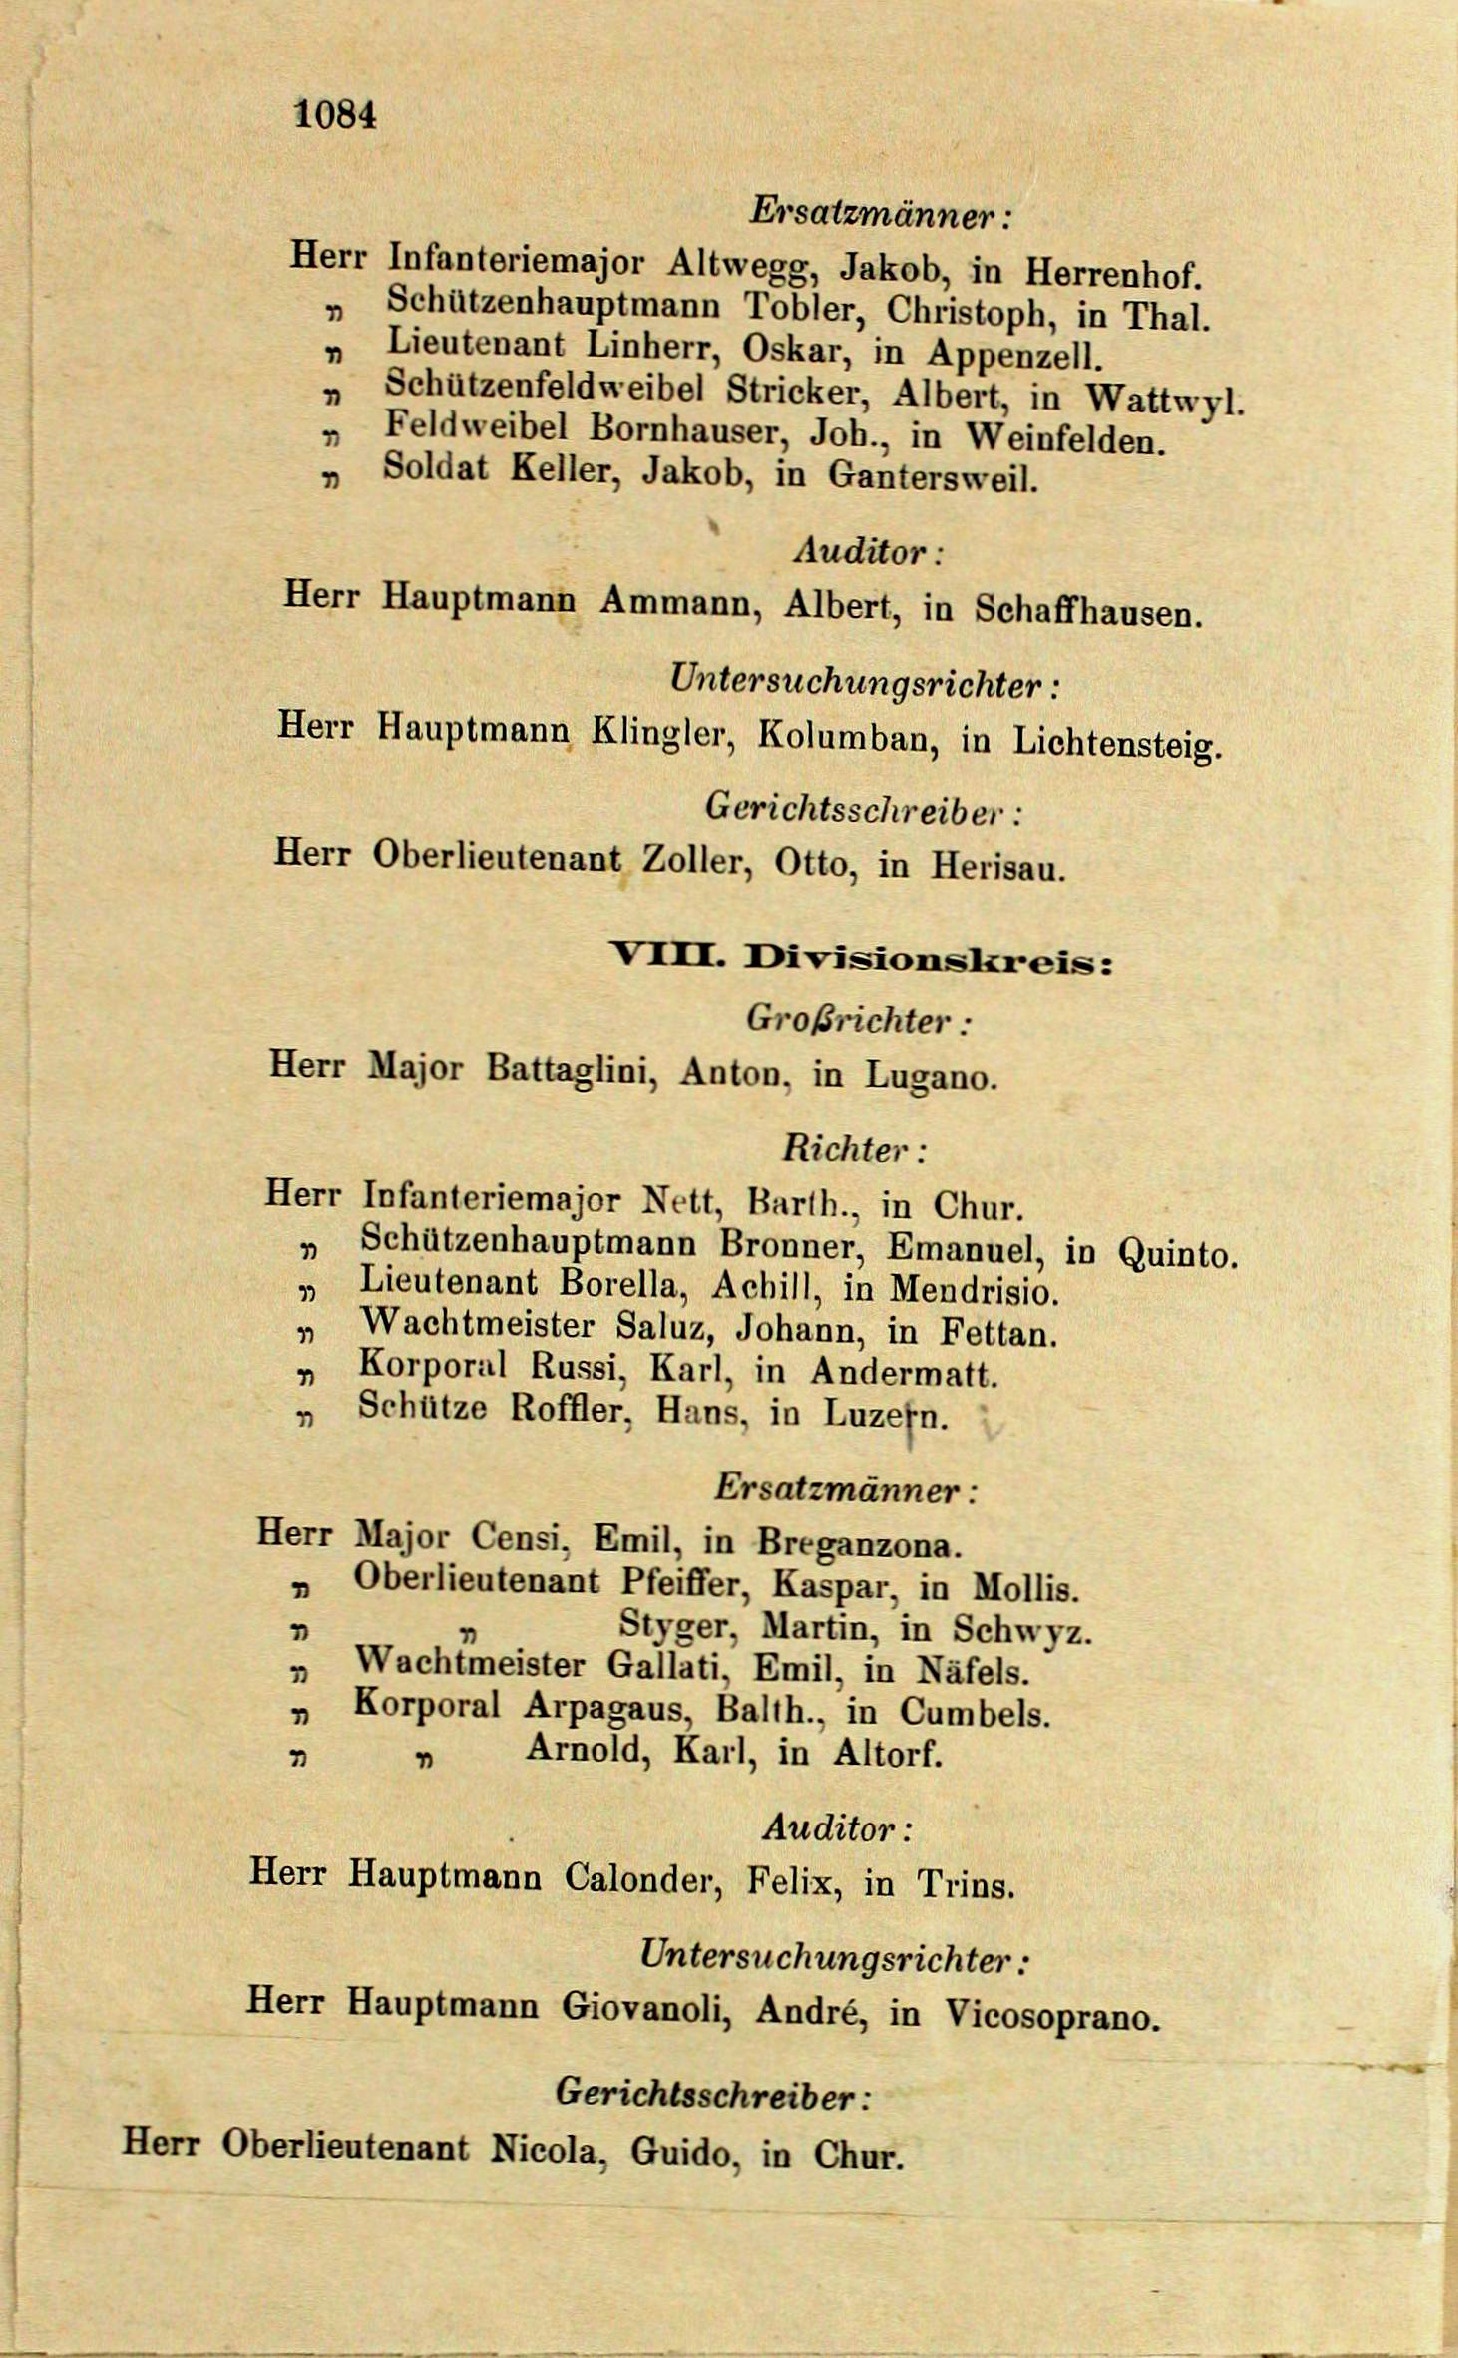
1084

Herr Infanteriemajor Altwegg, Jakob, in Herrenhof.
" Schützenhauptmann Tobler, Christoph, in Thal.
„ Lieutenant Linherr, Oskar, in Appenzell.
" Schützenfeldweibel Stricker, Albert, in Wattwyl.
1
Feldweibel Bornhauser, Joh., in Weinfelden.
„ Soldat Keller, Jakob, in Gantersweil.
Auditor :
Herr Hauptmann Ammann, Albert, in Schaffhausen.
Untersuchungsrichter:
Herr Hauptmann Klingler, Kolumban, in Lichtensteig.
Gerichtsschreiber:
Herr Oberlieutenant Zoller, Otto, in Herisau.

Herr Major Battaglini, Anton, in Lugano.
Richter :

Ersatzmänner:

Herr Infanteriemajor Nett, Barth., in Chur.
„ Schützenhauptmann Bronner, Emanuel, in Quinto.
„ Lieutenant Borella, Achill, in Mendrisio.
„ Wachtmeister Saluz, Johann, in Fettan.
„ Korporal Russi, Karl, in Andermatt.
" Schütze Roffler, Hans, in Luzefn.
Ersatzmänner:
Herr Major Censi, Emil, in Breganzona.
» Oberlieutenant Pfeiffer, Kaspar, in Mollis.
Styger, Martin, in Schwyz.
“
„ Wachtmeister Gallati, Emil, in Näfels.
„ Korporal Arpagaus, Balth., in Cumbels.
" Arnold, Karl, in Altorf.
1
Auditor :
Herr Hauptmann Calonder, Felix, in Trins.
Untersuchungsrichter :
Herr Hauptmann Giovanoli, André, in Vicosoprano.
Gerichtsschreiber:
Herr Oberlieutenant Nicola, Guido, in Chur.

VIII. Divisionskreis:
Großrichter :